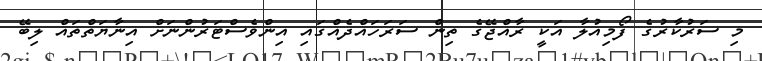
މި ސަރުކާރުގެ ފޯމިއުލާ އަކީ ރާއްޖޭގެ ތިން ސަރަހައްދެއްގައި އިންވެސްޓަރުންނަށް އިނާޔަތްތައް ލިބޭ